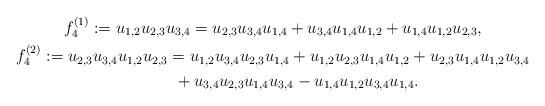
LaTeX: \begin{gather*} f_4^{(1)}:=u_{1,2}u_{2,3}u_{3,4}=u_{2,3}u_{3,4}u_{1,4}+u_{3,4}u_{1,4}u_{1,2}+u_{1,4}u_{1,2}u_{2,3},\\f_4^{(2)}:=u_{2,3}u_{3,4}u_{1,2}u_{2,3}=u_{1,2}u_{3,4}u_{2,3}u_{1,4}+u_{1,2}u_{2,3}u_{1,4}u_{1,2}+u_{2,3}u_{1,4}u_{1,2}u_{3,4}\\\hphantom{f_4^{(2)}:=}{} +u_{3,4}u_{2,3}u_{1,4}u_{3,4}-u_{1,4}u_{1,2}u_{3,4}u_{1,4}.\end{gather*}